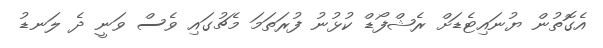
އެގޮތުން ޔުނައިޓެޑަށް ރެޝްފޯޑް ކުޅުނު ފުރަތަމަ މެޗުގައި ވެސް ވަނީ ދެ ލަނޑު